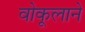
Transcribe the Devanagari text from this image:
वोकूलाने